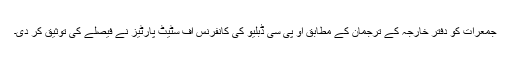
جمعرات کو دفتر خارجہ کے ترجمان کے مطابق او پی سی ڈبلیو کی کانفرنس آف سٹیٹ پارٹیز نے فیصلے کی توثیق کر دی۔